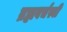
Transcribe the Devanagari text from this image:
ब्रह्मवर्चस्वी